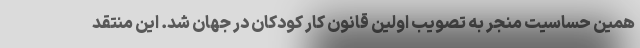
همین حساسیت منجر به تصویب اولین قانون کار کودکان در جهان شد. این منتقد